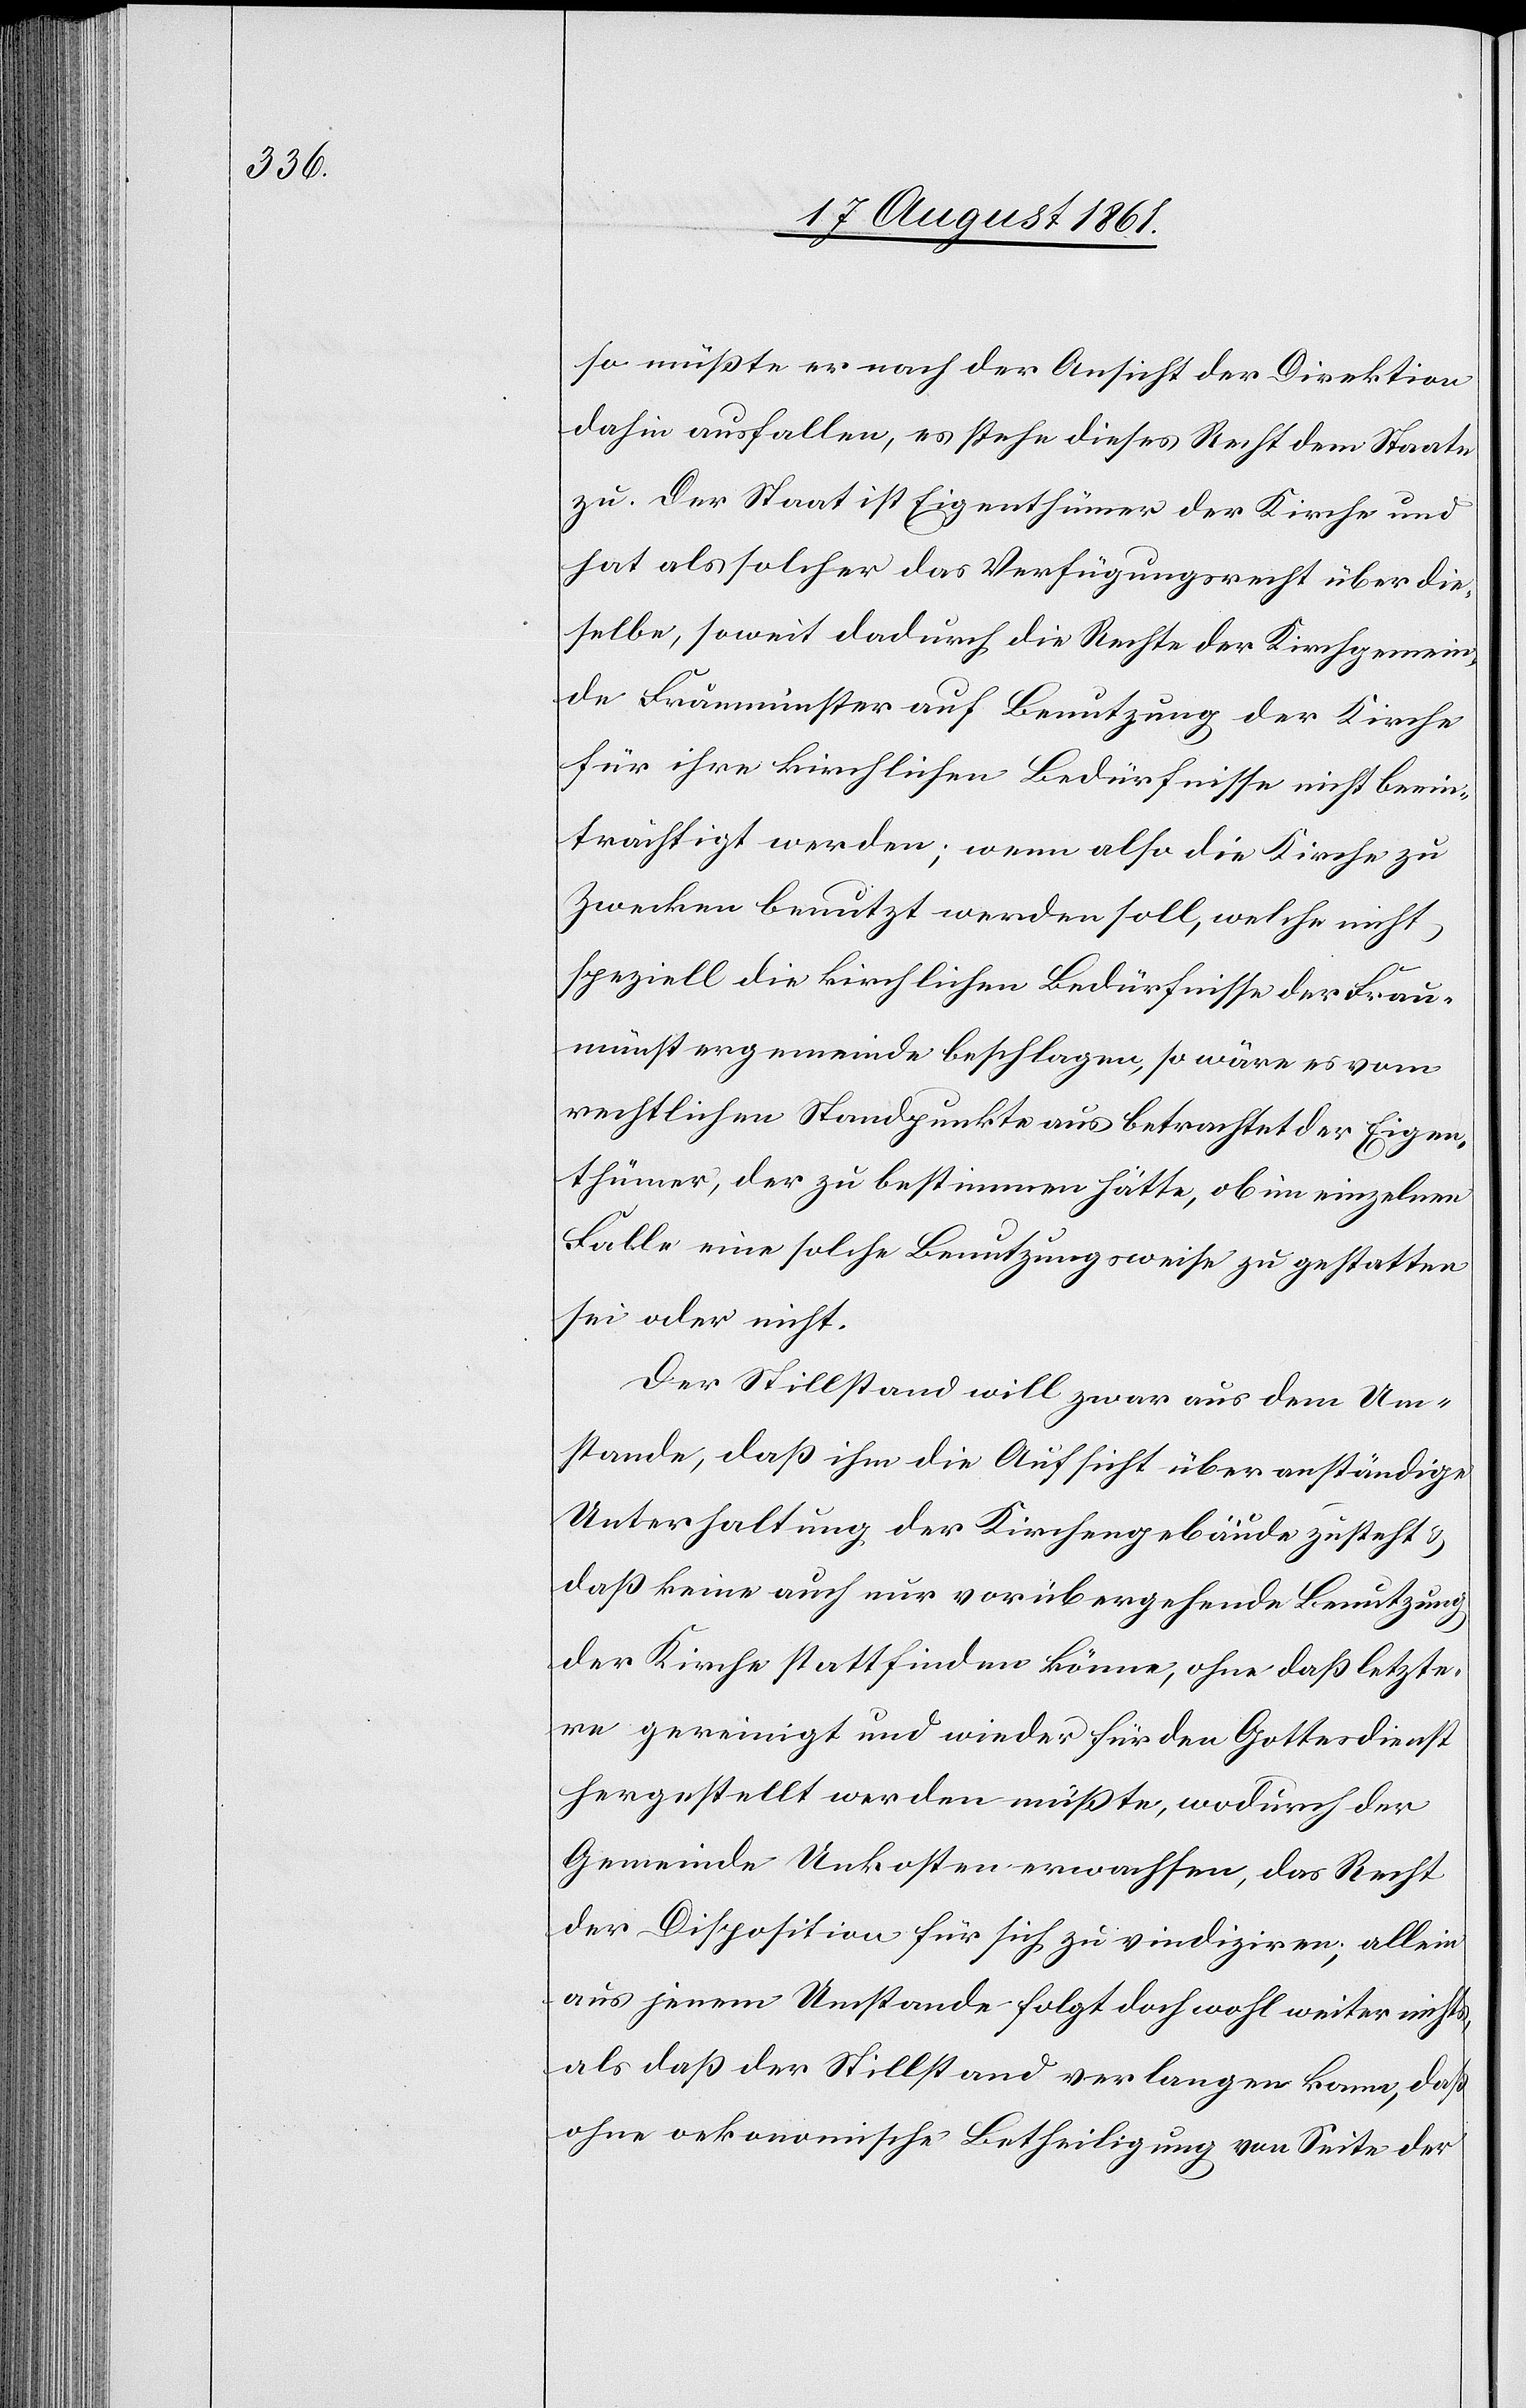
so müßte er nach der Ansicht der Direktion
dahin ausfallen, es stehe dieses Recht dem Staate
zu. Der Staat ist Eigenthümer der Kirche und
hat als solcher das Verfügungsrecht über die¬
selbe, soweit dadurch die Rechte der Kirchgemein¬
de Fraumünster auf Benutzung der Kirche
für ihre kirchlichen Bedürfnisse nicht beein¬
trächtigt werden; wenn also die Kirche zu
Zwecken benutzt werden soll, welche nicht
speziell die kirchlichen Bedürfnisse der Frau¬
münstergemeinde beschlagen, so wäre es vom
rechtlichen Standpunkte aus betrachtet der Eigen¬
thümer, der zu bestimmen hätte ob im einzelnen
Falle eine solche Benutzungsweise zu gestatten
sei oder nicht.
Der Stillstand will zwar aus dem Um¬
stande, daß ihm die Aufsicht über anständige
Unterhaltung der Kirchengebäude zusteht u.
daß keine auch nur vorübergehende Benutzung
der Kirche stattfinden könne, ohne daß letzte¬
re gereinigt und wieder für den Gottesdienst
hergestellt werden müßte, wodurch der
Gemeinde Unkosten erwachsen, das Recht
der Disposition für sich zu vindiziren; allein
aus jenem Umstande folgt doch wohl weiter nichts,
als daß der Stillstand verlangen kann, daß
ohne oekonomische Betheiligung von Seite der